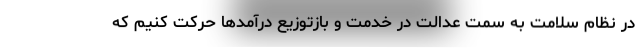
در نظام سلامت به سمت عدالت در خدمت و بازتوزیع درآمدها حرکت کنیم که